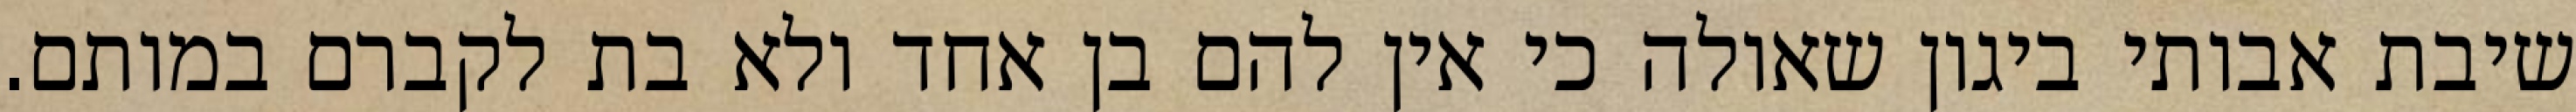
שיבת אבותי ביגון שאולה כי אין להם בן אחד ולא בת לקברם במותם.